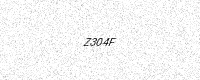
Text: Z304F